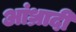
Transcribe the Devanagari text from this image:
आंध्रादी